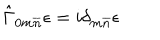
\hat { \Gamma } _ { 0 m \overline { { { n } } } } \epsilon = i \delta _ { m \overline { { { n } } } } \epsilon